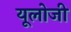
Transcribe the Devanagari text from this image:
यूलोजी